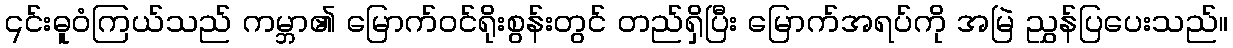
၎င်းဓူဝံကြယ်သည် ကမ္ဘာ၏ မြောက်ဝင်ရိုးစွန်းတွင် တည်ရှိပြီး မြောက်အရပ်ကို အမြဲ ညွှန်ပြပေးသည်။